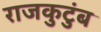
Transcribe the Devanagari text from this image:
राजकुटुंब